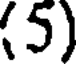
(5)